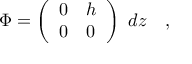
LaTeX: \Phi = \left( \begin{array} { l l } { { 0 } } & { { h } } \\ { { 0 } } & { { 0 } } \end{array} \right) ~ d z \quad ,